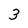
Character: 3